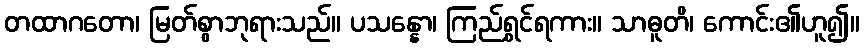
တထာဂတော၊ မြတ်စွာဘုရားသည်။ ပသန္နော၊ ကြည်ရွှင်ရကား။ သာဓူတိ၊ ကောင်း၏ဟူ၍။